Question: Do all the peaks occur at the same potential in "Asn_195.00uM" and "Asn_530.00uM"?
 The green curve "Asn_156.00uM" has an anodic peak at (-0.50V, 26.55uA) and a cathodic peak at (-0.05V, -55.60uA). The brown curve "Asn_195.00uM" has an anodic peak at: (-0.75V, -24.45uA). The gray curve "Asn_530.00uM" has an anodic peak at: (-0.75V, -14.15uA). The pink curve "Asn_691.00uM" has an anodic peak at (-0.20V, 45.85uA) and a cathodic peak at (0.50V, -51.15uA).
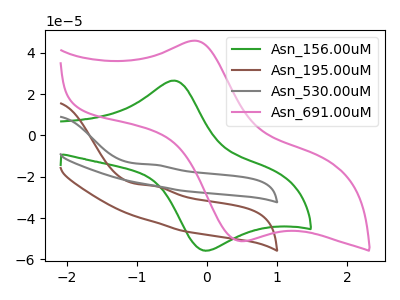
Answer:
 <answer>Yes, "Asn_195.00uM" have a peak in "Asn_530.00uM" at the same potential.</answer>
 <eval>match</eval>